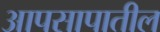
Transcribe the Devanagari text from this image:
आपसापातील